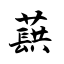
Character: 蕻